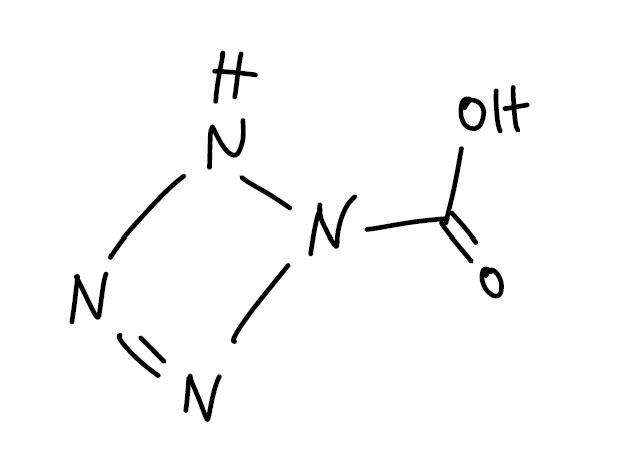
Simplified molecular-input line-entry system (SMILES) notation of the given molecule:
C(=O)(N1NN=N1)O